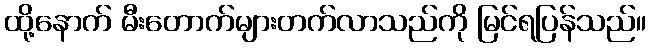
ထို့နောက် မီးတောက်များတက်လာသည်ကို မြင်ရပြန်သည်။